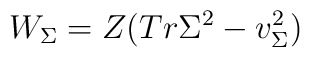
W_{\Sigma} =  Z(Tr \Sigma^2  -  v_{\Sigma}^2)